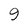
Character: 9